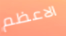
الاعظم